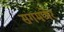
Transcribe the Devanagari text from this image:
संगमणेर